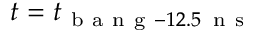
t = t _ { \mathrm { ~ b ~ a ~ n ~ g ~ } - 1 2 . 5 \, \mathrm { ~ n ~ s ~ } }